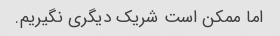
اما ممکن است شریک دیگری نگیریم.